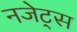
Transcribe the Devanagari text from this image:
नजेट्स